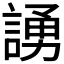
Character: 𫍃